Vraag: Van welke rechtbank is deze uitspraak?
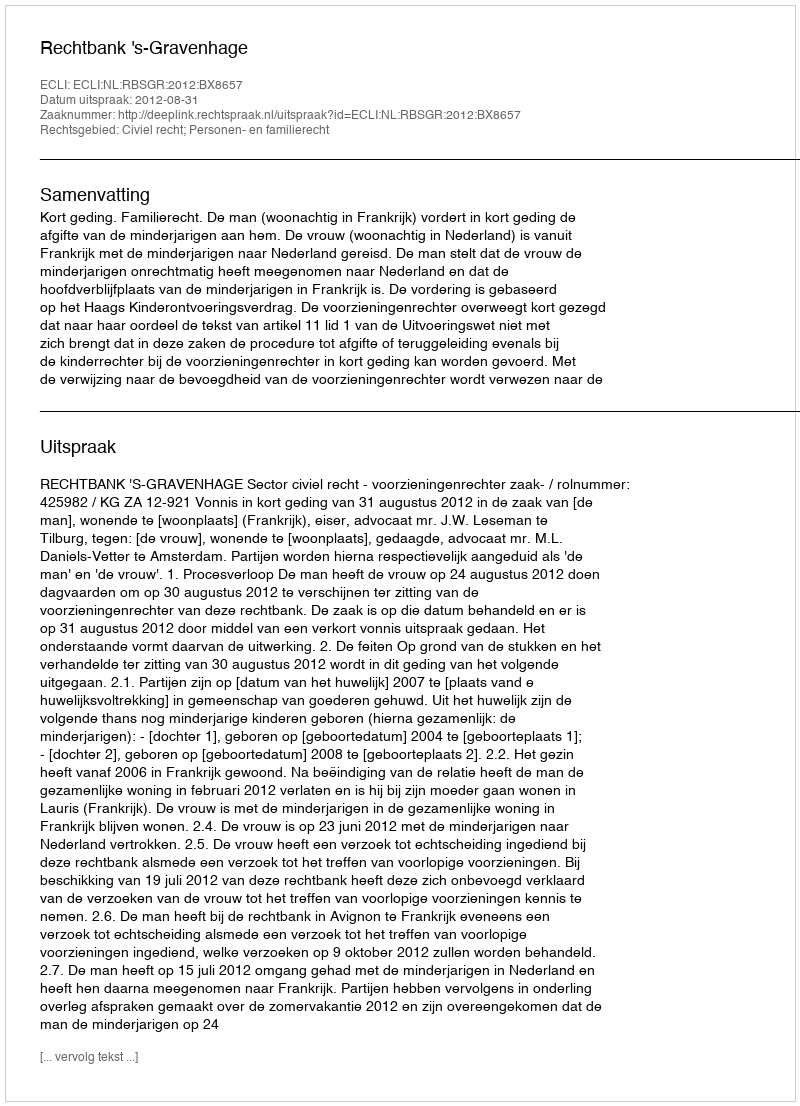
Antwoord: Rechtbank 's-Gravenhage